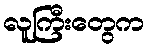
လူကြီးတွေက